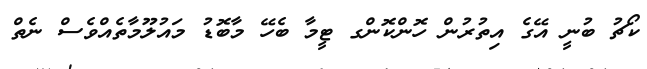
ކޯޗު ބުނީ އޭގެ އިތުރުން ހޮންކޮންގ ޓީމާ ބެހޭ މާބޮޑު މައުލޫމާތެއްވެސް ނެތް